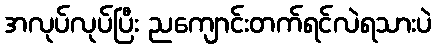
အလုပ်လုပ်ပြီး ညကျောင်းတက်ရင်လဲရသားပဲ